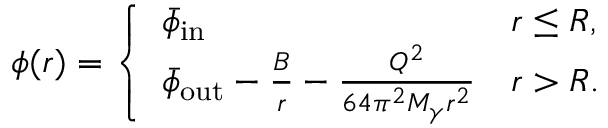
\phi ( r ) = \left\{ \begin{array} { l l } { \bar { \phi } _ { \mathrm { i n } } } & { r \leq R , } \\ { \bar { \phi } _ { \mathrm { o u t } } - \frac { B } { r } - \frac { Q ^ { 2 } } { 6 4 \pi ^ { 2 } M _ { \gamma } r ^ { 2 } } } & { r > R . } \end{array} \right.